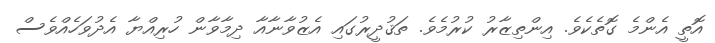
އޮތީ އެންމެ ގޮތެކެވެ. އިންތިޒާރު ކުރުމެވެ. ތަޤުދީރުގައި އެޒުވާނާއާ ދިމާވާން ހުރިއްޔާ އެދުވަހެއްވެސް